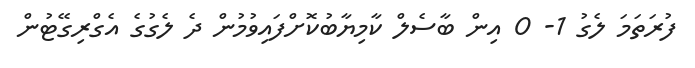
ފުރަތަމަ ލެގު 1- 0 އިން ބާސެލް ކާމިޔާބުކޮށްފައިވުމުން ދެ ލެގުގެ އެގްރިގޭޓުން